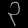
Digit: ၃